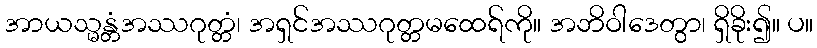
အာယသ္မန္တံအဿဂုတ္တံ၊ အရှင်အဿဂုတ္တမထေရ်ကို။ အဘိဝါဒေတွာ၊ ရှိခိုး၍။ ပ။